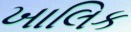
ખાલિક